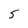
Character: 5